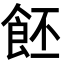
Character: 𩚼